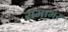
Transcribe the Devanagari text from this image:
रामाभर